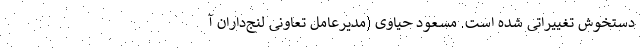
دستخوش تغییراتی شده است. مسعود حیاوی (مدیرعامل تعاونی لنج‌داران آ